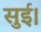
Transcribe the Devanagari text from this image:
सुई।